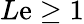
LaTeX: L\mathrm{e}\ge1